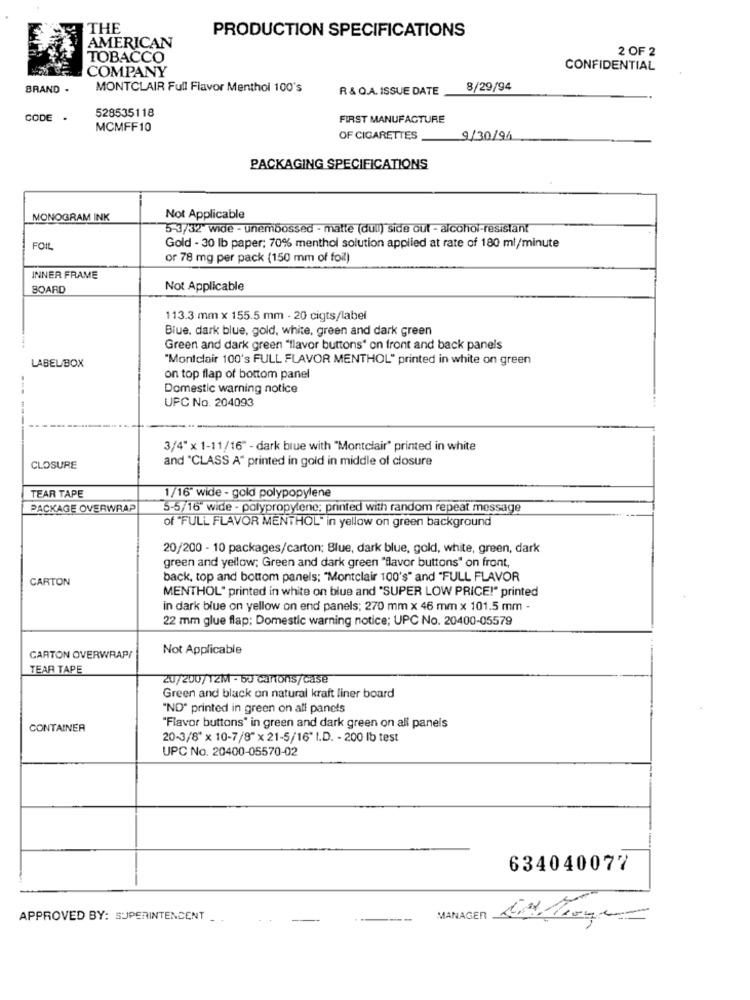
THE
PRODUCTION SPECIFICATIONS
AMERICAN
2 OF 2
TOBACCO
COMPANY
CONFIDENTIAL
BRAND .
MONTCLAIR Full Flavor Menthol 100's
R & Q.A. ISSUE DATE
8/29/94
CODE .
528535118
FIRST MANUFACTURE
MCMFF10
OF CIGARETTES
9/30/91
PACKAGING SPECIFICATIONS
MONOGRAM INK
Not Applicable
5-3/32" wide - unembossed - matte (dull) side out - alcohol-resistant
FOIL
Gold - 30 lb paper; 70% menthol solution applied at rate of 180 ml/minute
or 78 mg per pack (150 mm of foil)
INNER FRAME
BOARD
Not Applicable
113.3 mm x 155.5 mm - 20 cigts/label
Blue, dark blue, gold, white, green and dark green
Green and dark green "flavor buttons" on front and back panels
"Montclair 100's FULL FLAVOR MENTHOL" printed in white on green
LABEL/BOX
on top flap of bottom panel
Domestic warning notice
UPC No. 204093
3/4" x 1-11/16" - dark blue with "Montclair" printed in white
and "CLASS A" printed in gold in middle of closure
CLOSURE
TEAR TAPE
1/16" wide - gold polypopylene
PACKAGE OVERWRAP
5-5/16 wide - polypropylene; printed with random repeat message
of "FULL FLAVOR MENTHOL" in yellow on green background
20/200 - 10 packages/carton; Blue, dark blue, gold, white, green, dark
green and yellow; Green and dark green "flavor buttons" on front,
CARTON
back, top and bottom panels; "Montclair 100's" and "FULL FLAVOR
MENTHOL" printed in white on blue and "SUPER LOW PRICE!" printed
in dark blue on yellow on end panels; 270 mm x 46 mm x 101.5 mm -
22 mm glue flap; Domestic warning notice; UPC No. 20400-05579
Not Applicable
CARTON OVERWRAP/
TEAR TAPE
20/200/12M - 50 cartons/case
Green and black on natural kraft liner board
"ND" printed in green on all panels
CONTAINER
"Flavor buttons" in green and dark green on all panels
20-3/8" x 10-7/8" x 21-5/16" I.D. - 200 lb test
UPC No. 20400-05570-02
634040077
APPROVED BY: SUPERINTENDENT _
MANAGER